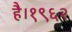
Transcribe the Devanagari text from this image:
है।१९६२